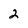
Character: 2